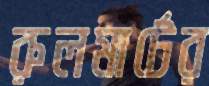
রুলমার্টের